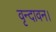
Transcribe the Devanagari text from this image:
वृन्दावन।